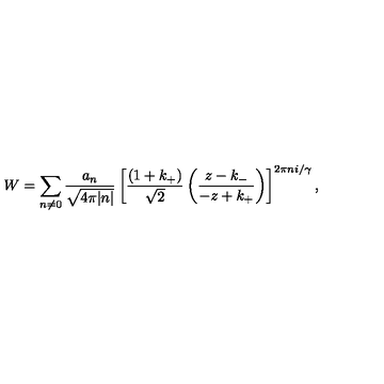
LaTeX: W = \sum _ { n \ne 0 } \frac { a _ { n } } { \sqrt { 4 \pi | n | } } \left[ \frac { ( 1 + k _ { + } ) } { \sqrt { 2 } } \left( \frac { z - k _ { - } } { - z + k _ { + } } \right) \right] ^ { 2 \pi n i / \gamma } ,